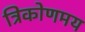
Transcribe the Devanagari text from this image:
त्रिकोणमय